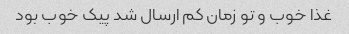
غذا خوب و تو زمان کم ارسال شد پیک خوب بود